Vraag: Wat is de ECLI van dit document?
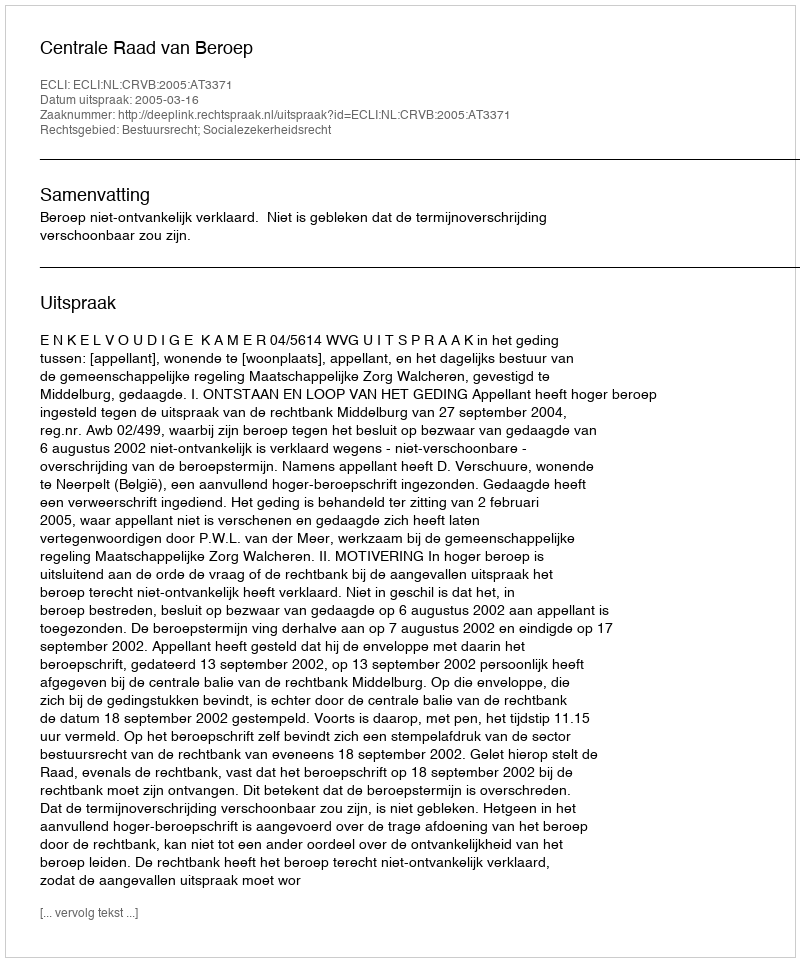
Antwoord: ECLI:NL:CRVB:2005:AT3371